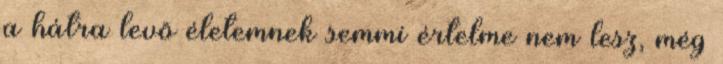
a hátra levõ életemnek semmi értelme nem lesz, még